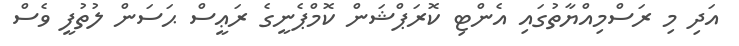
އަދި މި ރަސްމިއްޔާތުގައި އެންޓި ކޮރަޕްޝަން ކޮމްޕެނީގެ ރަޢީސް ޙަސަން ލުތުފީ ވެސް